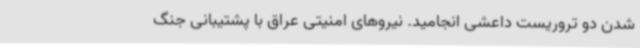
شدن دو تروریست داعشی انجامید. نیروهای امنیتی عراق با پشتیبانی جنگ